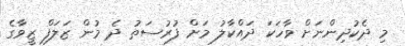
މި ދެކުދިންނަށް ވާހަކަ ދައްކާލު މަށް ފުރުސަތު ދެ މުން ޒަލަފް ޒީވާގެ